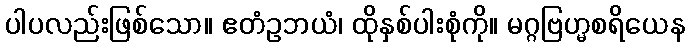
ပါပလည်းဖြစ်သော။ ဧတံဥဘယံ၊ ထိုနှစ်ပါးစုံကို။ မဂ္ဂဗြဟ္မစရိယေန